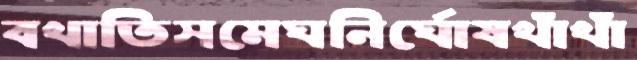
বখাতিসমেঘনির্ঘোষখাঁখাঁ